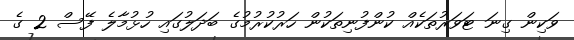
ވަކިން ގިނަ ޓަވަރުތަކެއް ކުންފުނިތަކުން ހަރުކުރުމުގެ ބަދަލުގައި ހުޅުމާލެ ފޭސް 2 ގެ